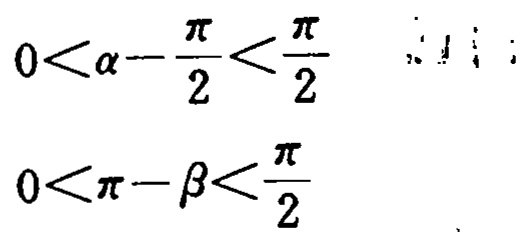
\[
0<\alpha - \frac{\pi}{2}<\frac{\pi}{2}
\]
\[
0<\pi - \beta<\frac{\pi}{2}
\]